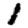
Digit: 1